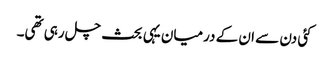
کئی دن سے ان کے درمیان یہی بحث چل رہی تھی۔